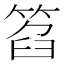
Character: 𥮛